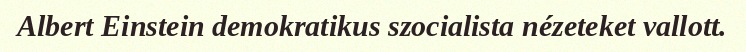
Albert Einstein demokratikus szocialista nézeteket vallott.